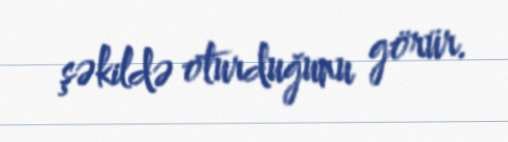
şəkildə oturduğunu görür.